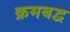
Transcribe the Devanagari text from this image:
क्रमबद्व